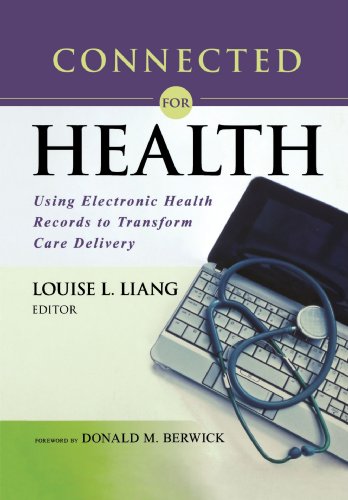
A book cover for Connected for Health: Using Electronic Health Records to Transform Care Delivery; Medical Books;